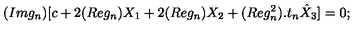
( I m g _ { n } ) [ c + 2 ( R e g _ { n } ) X _ { 1 } + 2 ( R e g _ { n } ) X _ { 2 } + ( R e g _ { n } ^ { 2 } ) . t _ { n } \hat { X } _ { 3 } ] = 0 ;